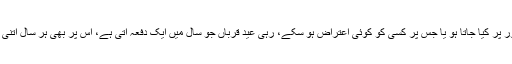
پہلی میں نمازِ عید کے سوا ایسی کوئی عبادت ہی نہیں جس کو اجتماعی طور پر کیا جاتا ہو یا جس پر کسی کو کوئی اعتراض ہو سکے، رہی عیدِ قرباں جو سال میں ایک دفعہ آتی ہے، اس پر بھی ہر سال اتنی لے دے ہونا، دنیا کی سب سے بڑی جمہوریت کے لیے باعثِ تشویش ہے۔